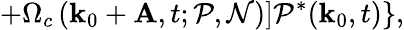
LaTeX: \left.\left.+\Omega_{c}\left(\mathbf{k}_{0}+\mathbf{A},t;\mathcal{P},\mathcal{N}\right)\right]\mathcal{P}^{\ast}(\mathbf{k}_{0},t)\right\} ,